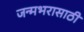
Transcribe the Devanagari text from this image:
जन्मभरासाठी